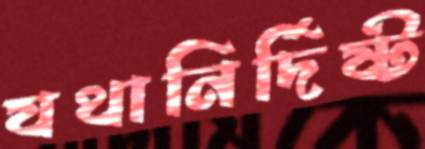
যথানির্দিষ্ট